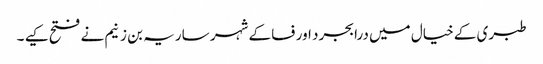
طبری کے خیال میں درابجرد اور فسا کے شہر ساریہ بن زنیم نے فتح کیے ۔